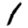
Digit: 1